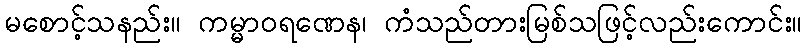
မစောင့်သနည်း။ ကမ္မာဝရဏေန၊ ကံသည်တားမြစ်သဖြင့်လည်းကောင်း။